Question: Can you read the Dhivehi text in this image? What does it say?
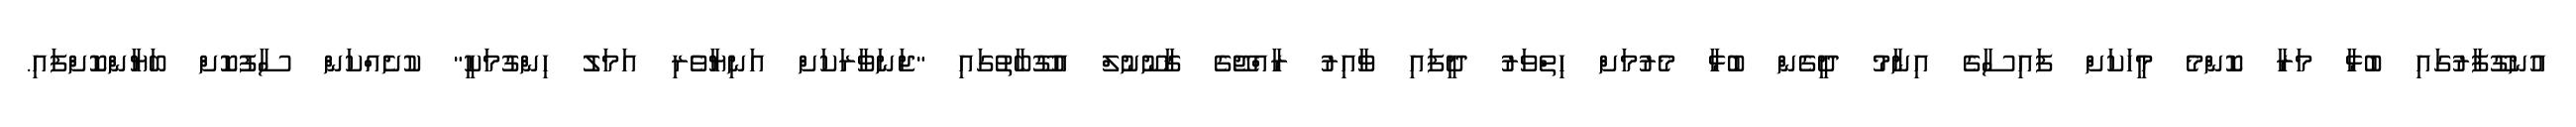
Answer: އުނގޫފާރުގައި ބުޅާ މަރާ ކޮންމެ މީހަކަށް ފައިސާގެ އިނާމު ދީގެން ބުޅާ މެރުމަށް ހިތްވަރު ދީފައި ވާއިރު ރާއްޖޭގެ ޤާނޫނުލް އުގޫބާތުގައި "ޖަނަވާރަކަށް އަނިޔާވެރި އަމަލު ހިންގުމަކީ" ކުށެއްކަން ސާފުކޮށް ބަޔާންކޮށްފައި.